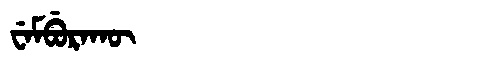
Manchu: ᠸᡝᠮᠪᡠᡵᠠᡴᡡ
Romanization: WEMBURAKŪ